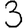
Digit: 3